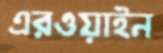
এরওয়াইন